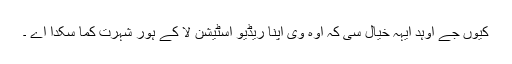
کیوں جے اوہد ایہہ خیال سی کہ اوہ وی اپنا ریڈیو اسٹیشن لا کے ہور شہرت کما سکدا اے ۔